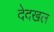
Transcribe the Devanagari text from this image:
देदखल